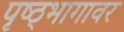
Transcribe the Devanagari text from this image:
पृष्ठ्भागावर